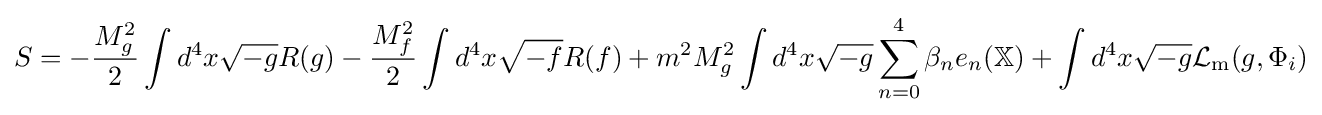
S=-{\frac {M_{g}^{2}}{2}}\int d^{4}x{\sqrt {-g}}R(g)-{\frac {M_{f}^{2}}{2}}\int d^{4}x{\sqrt {-f}}R(f)+m^{2}M_{g}^{2}\int d^{4}x{\sqrt {-g}}\displaystyle \sum _{n=0}^{4}\beta _{n}e_{n}(\mathbb {X} )+\int d^{4}x{\sqrt {-g}}{\mathcal {L}}_{\mathrm {m} }(g,\Phi _{i})